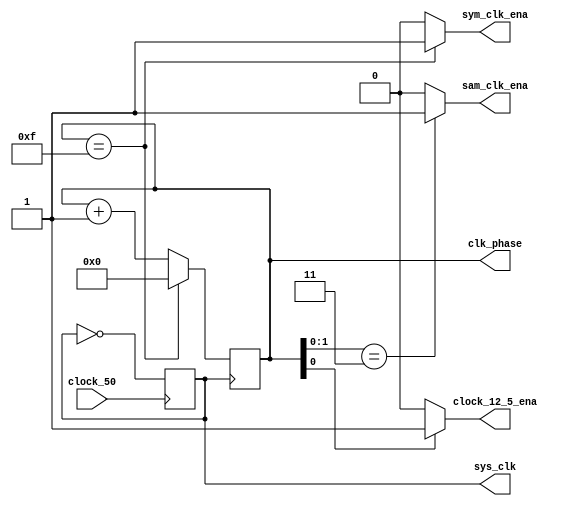
module clocks(
    input wire clock_50,
    output reg sys_clk, sam_clk_ena, sym_clk_ena, clock_12_5_ena,
    output reg [3:0] clk_phase
);

parameter EN = 1'b1;
parameter DISEN = 1'b0;


// only for testing purposes
initial begin
    sys_clk = 1'd0;
    clk_phase = 4'd0;
    sam_clk_ena = 1'd0;
    sym_clk_ena = 1'd0;
end



always @ (posedge clock_50)
    sys_clk <= ~sys_clk;


always @ (posedge sys_clk)
    if(clk_phase == 4'd15)
        clk_phase <= 4'd0;
    
    else
        clk_phase <= clk_phase + 4'd1;

always @ *
    if(clk_phase[0] == 1'b1)
        clock_12_5_ena = EN;
    else
        clock_12_5_ena = DISEN;

always @ *
    if(clk_phase[1:0] == 2'b11)
        sam_clk_ena = EN;
    else
        sam_clk_ena = DISEN;

always @ *
    if(clk_phase == 4'hf)
        sym_clk_ena = EN;
    else
        sym_clk_ena = DISEN;
    

endmodule